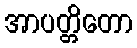
အာပတ္တိတော